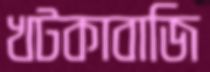
খটকাবাজি